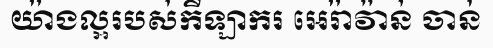
យ៉ាងល្អរបស់កីឡាករ អេរ៉ាវ៉ាន់ ចាន់